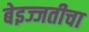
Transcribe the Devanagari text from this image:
बेइज्जतीचा